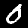
Digit: 0